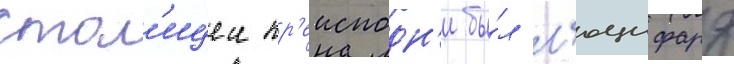
стол'ицеи пр'еисподн'и бы́л л'юцифард